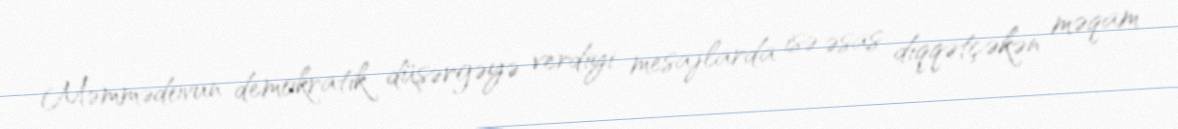
Məmmədovun demokratik düşərgəyə verdiyi mesajlarda isə əsas diqqətçəkən məqam